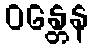
ဝန္တေန